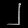
Digit: ၂